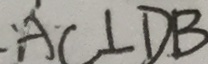
A C \bot D B